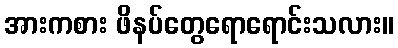
အားကစား ဖိနပ်တွေရောရောင်းသလား။